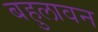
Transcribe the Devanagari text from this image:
बहुलावन